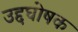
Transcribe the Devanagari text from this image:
उद्दघोषक